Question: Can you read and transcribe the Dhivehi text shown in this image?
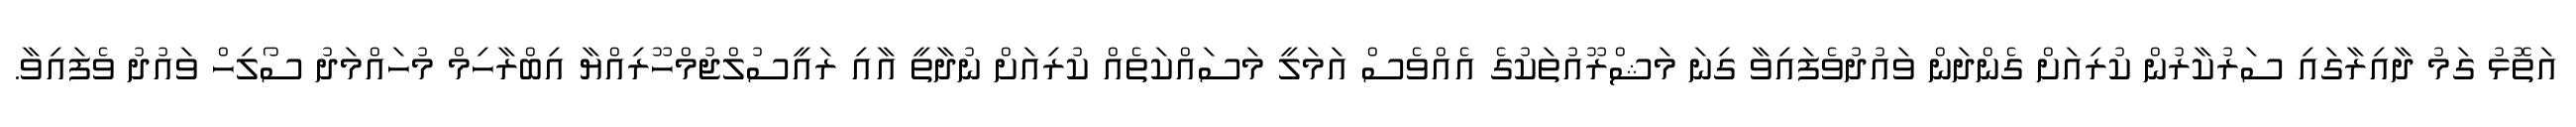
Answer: އަތޮޅު ގަމު ދާއިރާގައި ސަރުކާރުން ކުރިއަށް ގެންދަން ވައުދުވެފައިވާ ގިނަ މަޝްރޫއުތަކުގެ އެއްވެސް އަމަލީ މަސައްކަތެއް ކުރިއަށް ނުދާތީ އާއި ރައީސުލްޖުމްހޫރިއްޔާ އިބްރާހިމް މުހައްމަދު ސޯލިހް ވައުދު ވެފައިވާ.